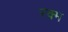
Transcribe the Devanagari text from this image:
रक्म